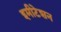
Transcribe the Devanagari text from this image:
इमीटेशन